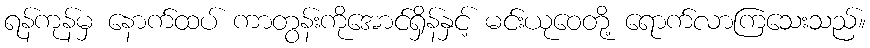
ရန်ကုန်မှ နောက်ထပ် ကာတွန်းကိုအောင်ရှိန်နှင့် မင်းယုဝေတို့ ရောက်လာကြသေးသည်။